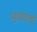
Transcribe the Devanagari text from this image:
न्हावणाची